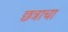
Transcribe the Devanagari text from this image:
छत्राचा